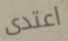
اعتدى